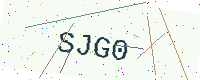
Text: SJG0